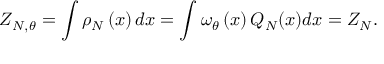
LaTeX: Z _ { N , \theta } = \int \rho _ { N } \left( x \right) d x = \int \omega _ { \theta } \left( x \right) Q _ { N } ( x ) d x = Z _ { N } .